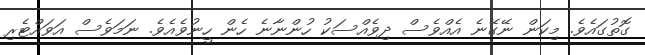
ގޮތުގައެވެ. މިކަން ނޭގޭނެ އެއްވެސް ދިވެއްސަކު ހުންނާނެ ހެން ހީނުވެއެވެ. ނަމަވެސް އަވައްޓެރި